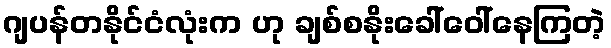
ဂျပန်တနိုင်ငံလုံးက ဟု ချစ်စနိုးခေါ်ဝေါ်နေကြတဲ့